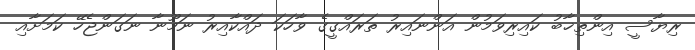
ރިޔާސީ އިންތިޚާބު ކައިރިވަމުން އަންނައިރު ތަރައްގީގެ ވާހަކަ ދައްކާއިރު ނަމޫނާ ނަގަންޖެހޭ ކަމަށާއި